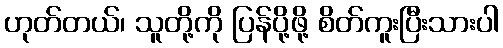
ဟုတ်တယ်၊ သူတို့ကို ပြန်ပို့ဖို့ စိတ်ကူးပြီးသားပါ